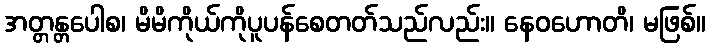
အတ္တန္တပေါစ၊ မိမိကိုယ်ကိုပူပန်စေတတ်သည်လည်း။ နေဝဟောတိ၊ မဖြစ်။